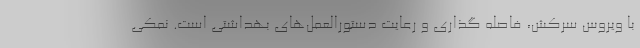
با ویروس سرکش، فاصله گذاری و رعایت دستورالعمل‌های بهداشتی است. نمکی